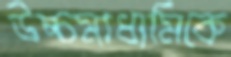
উচ্চমাধ্যমিকে